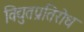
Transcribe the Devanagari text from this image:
विद्युतप्रतिरोध